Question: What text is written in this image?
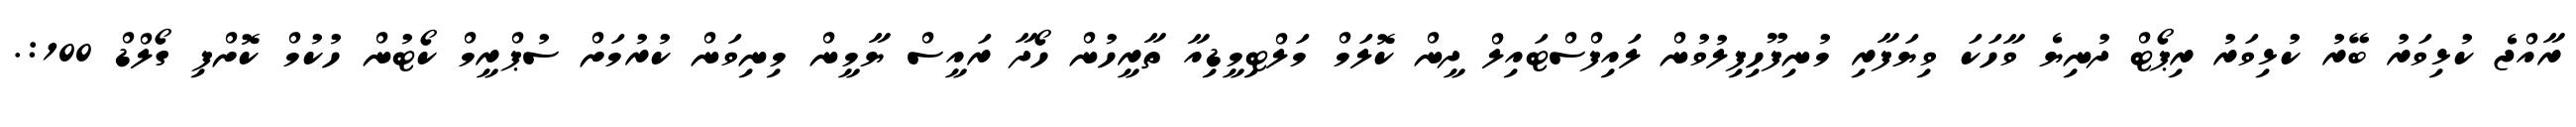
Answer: ރާއްޖެ ކުޅިވަރު ބޭރު ކުޅިވަރު ރިޕޯޓް ދުނިޔެ ވާހަކަ ވިޔަފާރި މުނިފޫހިފިލުވުން ލައިފްސްޓައިލް ދީން ކޮލަމް މަލްޓިމީޑިއާ ތާރީހުން ހޯދާ ރައީސް ޔާމީން މިނިވަން ކުރުމަށް ސުޕްރީމް ކޯޓުން ހުކުމް ކޮށްފި ގޯލްޑް 100:.